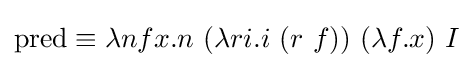
\operatorname {pred} \equiv \lambda nfx.n\ (\lambda ri.i\ (r\ f))\ (\lambda f.x)\ I